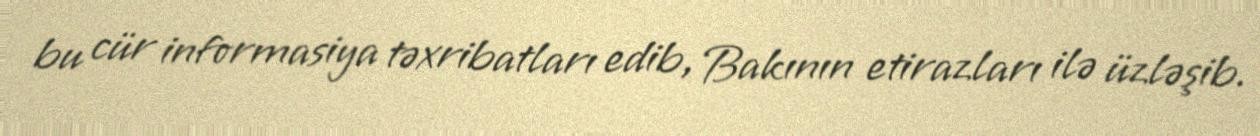
bu cür informasiya təxribatları edib, Bakının etirazları ilə üzləşib.